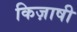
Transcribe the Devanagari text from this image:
किज़ाषी